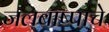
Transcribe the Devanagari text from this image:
जलबाष्पाचे